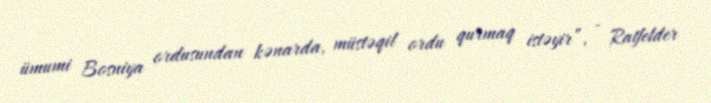
ümumi Bosniya ordusundan kənarda, müstəqil ordu qurmaq istəyir”, - Ratfelder